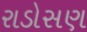
રાડોસણ